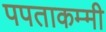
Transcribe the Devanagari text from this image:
पपताकम्मी